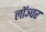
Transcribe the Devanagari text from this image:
लॉञ्चर